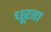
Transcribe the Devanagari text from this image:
धूरता